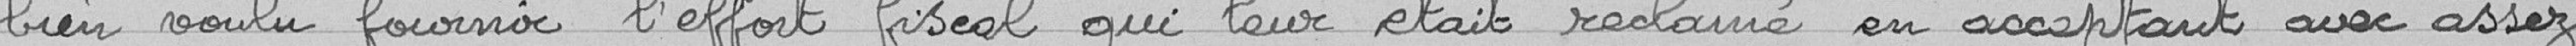
voulu fournir l'effort fiscal qui leur était réclamé en acceptant avec assez